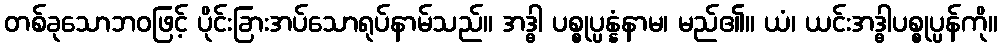
တစ်ခုသောဘဝဖြင့် ပိုင်းခြားအပ်သောရုပ်နာမ်သည်။ အဒ္ဓါ ပစ္စုပ္ပန္နံနာမ၊ မည်၏။ ယံ၊ ယင်းအဒ္ဓါပစ္စုပ္ပန်ကို။